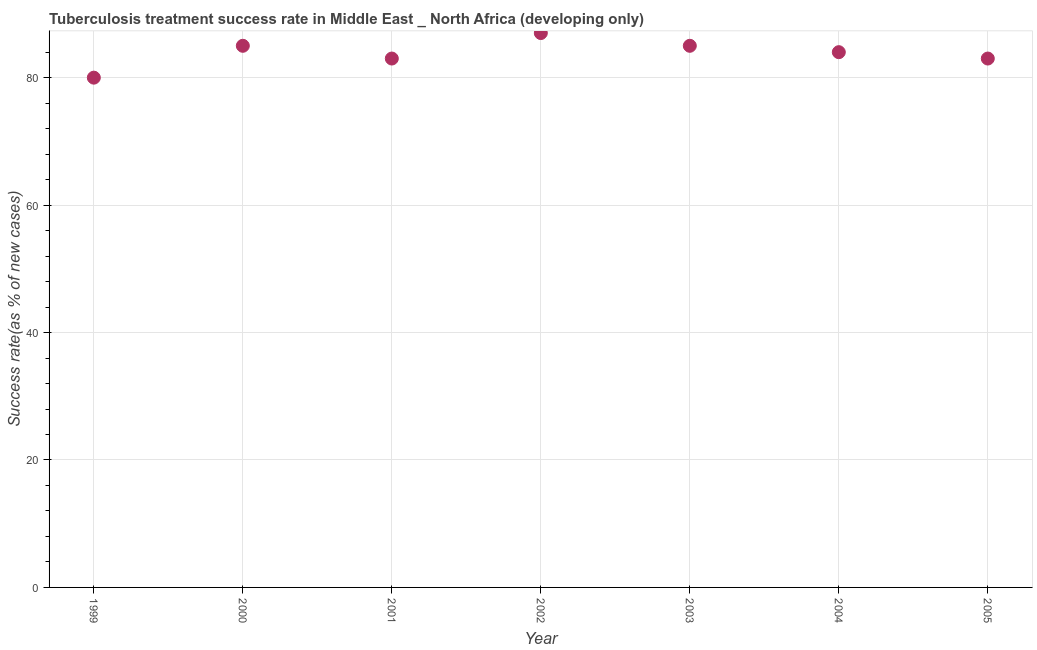
| Year | Tuberculosis treatment success rate |
 | --- | --- |
 | 1999 | 80 |
 | 2000 | 85 |
 | 2001 | 83 |
 | 2002 | 87 |
 | 2003 | 85 |
 | 2004 | 84 |
 | 2005 | 83 |